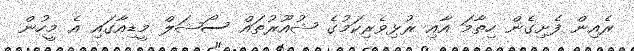
ރެއިން ފެށިގެން ހިތާމަ އާއި ރުޅިވެރިކަމުގެ ޝުއޫރުތައް ސޯޝަލް މީޑިއާގައި އެ މީހުން